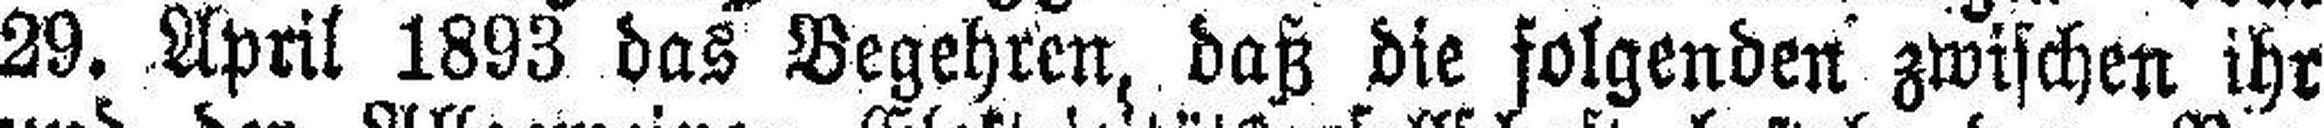
29. April 1893 das Begehren, daß die folgenden zwischen ihr